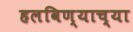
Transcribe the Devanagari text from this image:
हलविण्याच्या